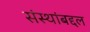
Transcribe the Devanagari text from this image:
संस्थांबद्दल